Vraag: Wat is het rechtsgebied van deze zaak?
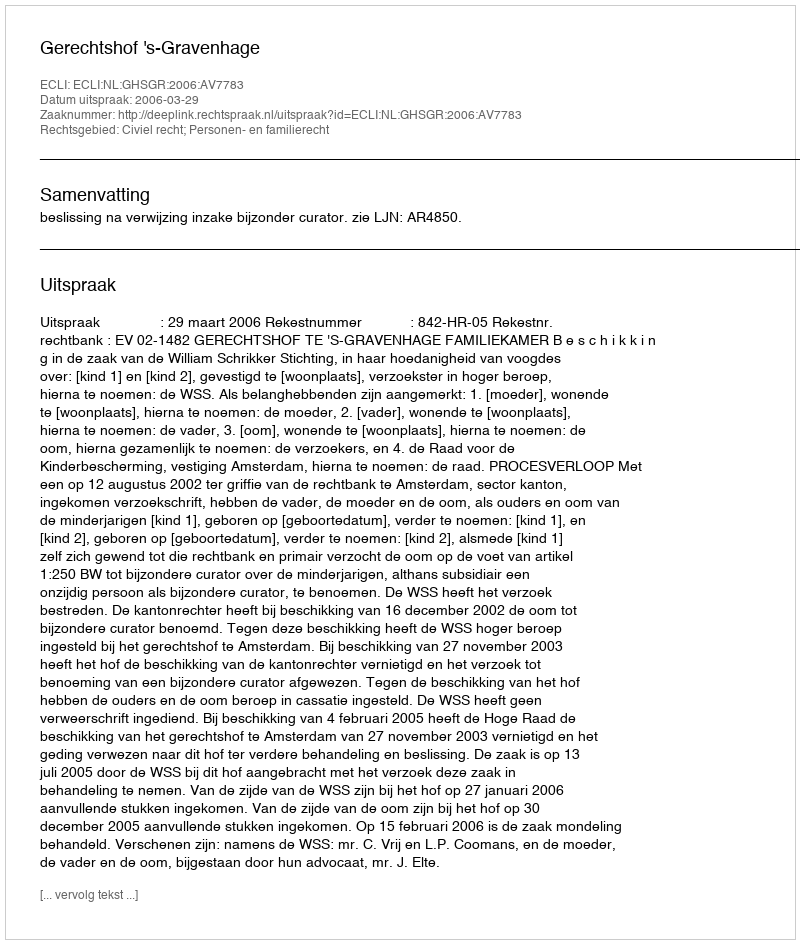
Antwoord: Civiel recht; Personen- en familierecht